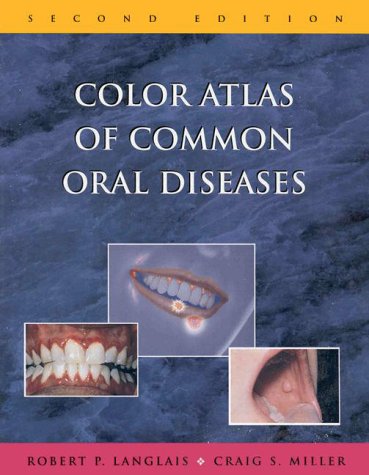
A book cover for Color Atlas of Common Oral Diseases; Robert P. Langlais; Medical Books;